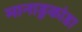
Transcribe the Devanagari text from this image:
मानाडुकांडा